Civil Veterinary Dept. Bombay admin report 1900-1906 - 1900-1906
Year: 1900
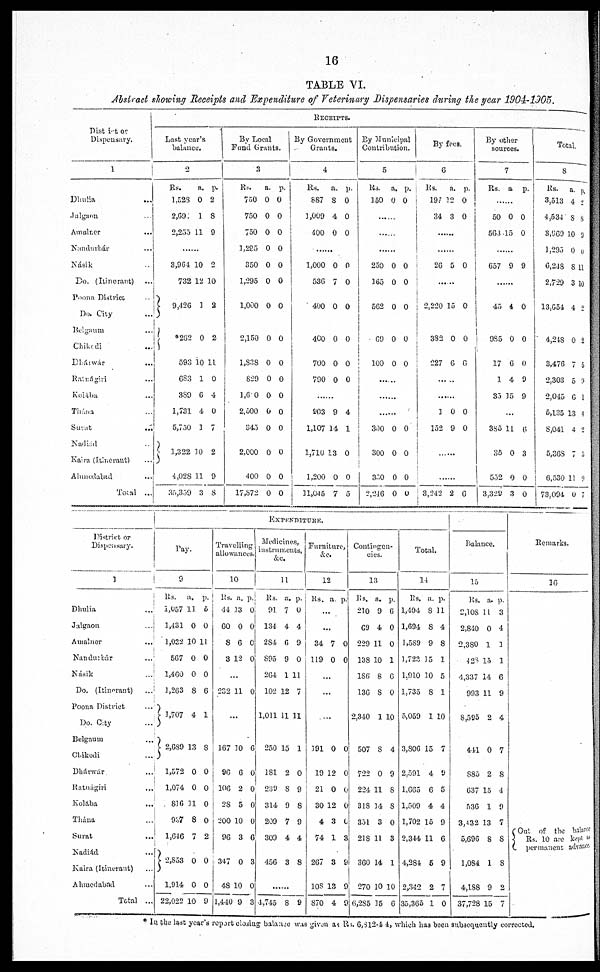
16
TABLE VI.
Abstract showing Receipts and Expenditure of Veterinary Dispensaries during the wear 1904-1905.
District or
Dispensary.
1
Dhulia ...
Jalgaon ...
Amalner
...
Nandurbár ...
Násik
Do. (Itinerant) ...
Poona District ..
Do. City ...
Belgaum ...
Chikodi ...
Dhárwár
...
Ratnágiri ...
Kolába ...
Thána ...
Surat
...
Nadiád ..
Kaira (Itinerant) ...
Ahmedabad ...
Total ...
Last year's
balance.
2
Rs.
a. p.
1,523 0 2
2,692 1 8
2,254 11 9
......
8,964 10 2
732 12 10
9,426 1 2
*262 0 2
593 10 11
083 1 0
889 0 4
1,731 4 0
6,730 1 7
1,322 10 2
4,028 11 9
35,359 3 8
By Local
Fund Grants.
Rs.
a. p.
750 0 0
750 0 0
750 0 0
1,225 0 0
850 0 0
1,295 0 0
1,000 0 0
2,160 0 0
1,838 0 0
829 0 0
1,0 0 0 0
2,500 0 0
845 0 0
2,000 0 0
400 0 0
17,872 0 0
Receipts.
By Government
Grants.
4
Rs. a. p.
887 8 0
1,009 4 0
400 0 0
......
1,000 0 0
536 7 0
400 0 0
400 0 0
700 0 0
790 0 0
......
903 9 4
1,107 14 1
1,710 18 0
1,200 0 0
11,045 7 5
By Municipal
Contribution.
5
Rs. a. p.
150 0 0
......
......
......
250 0 0
165 0 0
662 0 0
GO 0 0
100 0 0
......
......
......
300 0 0
300 0 0
830 0 0
2,246 0 0
By face.
6
Rs. a. p.
197 12 0
34 8 0
......
......
26 5 0
......
2,220 15 0
882 0 0
227 6 0
......
1 0 0
152 9 0
......
......
8,243 2 0
By other
sources.
7
Rs. a p.
......
60 0 0
663 15 0
......
657 9 9
......
45 4 0
985 0 0
17 6 0
1 4 9
85 15 9
...
885 11 6
35 0 8
552 0 0
8,329 3 0
Total.
8
Rs. a. p.
8,518 4 2
4,584 8 8
8,069 10 9
1,295 0 0
6,248 8 11
2,729 3 10
18,654 4 2
4,248 0 2
8,476 7 5
2,803 5 9
2,045 6 1
5,135 13 4
8,041 4 9
5,368 7 9
6,680 11 9
73,094 0 7
District or
Dispensary.
1
Dhulia ...
Jalgaon ...
Amalner ...
Nandurbár ...
Násik
Do. (Itinerant) ...
Poona District ...
Do. City
Belgaum ...
Chikodi ...
Dhárwár ...
Ratnágiri
...
Kolába
...
Thána ...
Surat ...
Nadiad ...
Kaira (Itinerant) ...
Ahmedabad ...
Total ...
Pay.
9
Rs. a. p.
1,057 11 6
1,481 0 0
1,033 10 11
567 0 0
1,460 0 0
1,263 8 6
1,707 4 1
2,689 13 8
1,672 0 0
1,074 0 0
816 11 0
957 8 0
1,646 7 2
2,853 0 0
3
1,914 0 0
22,022 10 9
Travelling
allowances.
10
Rs. a. p.
44 13 0
60 0 0
8 6 0
8 12 0
...
232 11 0
...
167 10 6
90 6 0
106 2 0
28 6 0
200 10 0
96 8 6
347 0 8
48 10 0
1,440 9 8
Expenditure.
Medicines,
instruments,
11
Rs. a. p.
91 7 0
134 4 4
284 6 9
895 9 0
264 1 11
102 12 7
1,011 11 11
250 15 1
181 2 0
289 8 9
814 9 8
209 7 9
309 4 4
456 3 8
......
4,745 8 9
Furniture,
&c.
12
Rs. a. p.
...
...
84 7 0
119 0 0
...
...
. ...
191 0 0
19 12 0
21 0 0
80 12 0
4 3 0
74 1 3
267 8 9
108 18 9
870 4 9
Contingen-
cies.
13
Rs. a. p.
210 9 6
69 4 0
229 11 0
138 10 1
186 8 6
136 8 0
2,840 1 10
607 8 4
722 0 9
224 11 8
818 14 8
851 8 0
218 11 8
360 14 1
270 10 10
6,285 15 6
Total.
14
Rs. a. p.
1,404 8 11
1,694 8 4
1,589 9 8
1,728 15 1
1,910 10 6
1,735 8 1
5,059 1 10
3,806 15 7
2,591 4 9
1,665 6 5
1,509 4 4
1,702 16 9
2,844 11 6
4,384 5 9
2,342 2 7
35,365 1 0
Balance.
15
Rs. a. p.
2,108 11 3
2,840 0 4
2,380 1 1
428 15 1
4,337 14 6
993 11 9
8,595 2 4
411 0 7
885 2 8
637 15 4
536 1 9
3,432 18 7
5,690 8 8
1,084 1 8
4,188 9 2
37,728 16 7
Remarks.
16
Out of the balance
Rs.
10 are kept as
permanent advance.
* In the last year's report closing balance was given at Rs. 6,312.4 4, which has been subsequently corrected.